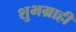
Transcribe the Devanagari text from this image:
शुभग्राही